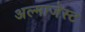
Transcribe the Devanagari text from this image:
अल्माजेस्ट